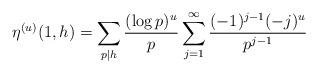
LaTeX: \begin{align*} \eta^{(u)}(1,h) = \sum_{p \mid h} \frac{(\log p)^u}{p} \sum_{j=1}^{\infty} \frac{(-1)^{j-1}(-j)^u}{p^{j-1}}\end{align*}